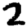
Digit: 2